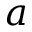
a